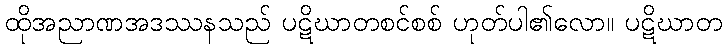
ထိုအညာဏအဒဿနသည် ပဋိဃာတစင်စစ် ဟုတ်ပါ၏လော။ ပဋိဃာတ